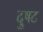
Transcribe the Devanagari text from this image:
दुषट